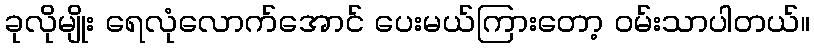
ခုလိုမျိုး ရေလုံလောက်အောင် ပေးမယ်ကြားတော့ ဝမ်းသာပါတယ်။